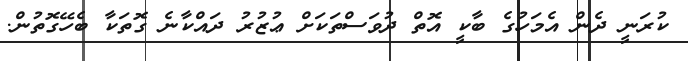
ކުރަނީ ދެން އެމަހުގެ ބާކީ އޮތް ދުވަސްތަކަށް ޢުޒުރު ދައްކާނެ ގޮތަކާ ބެހޭގޮތުން.